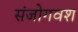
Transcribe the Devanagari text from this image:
संजोगवश